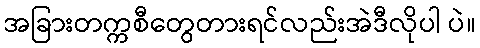
အခြားတက္ကစီတွေတားရင်လည်းအဲဒီလိုပါ ပဲ။